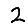
Digit: 2